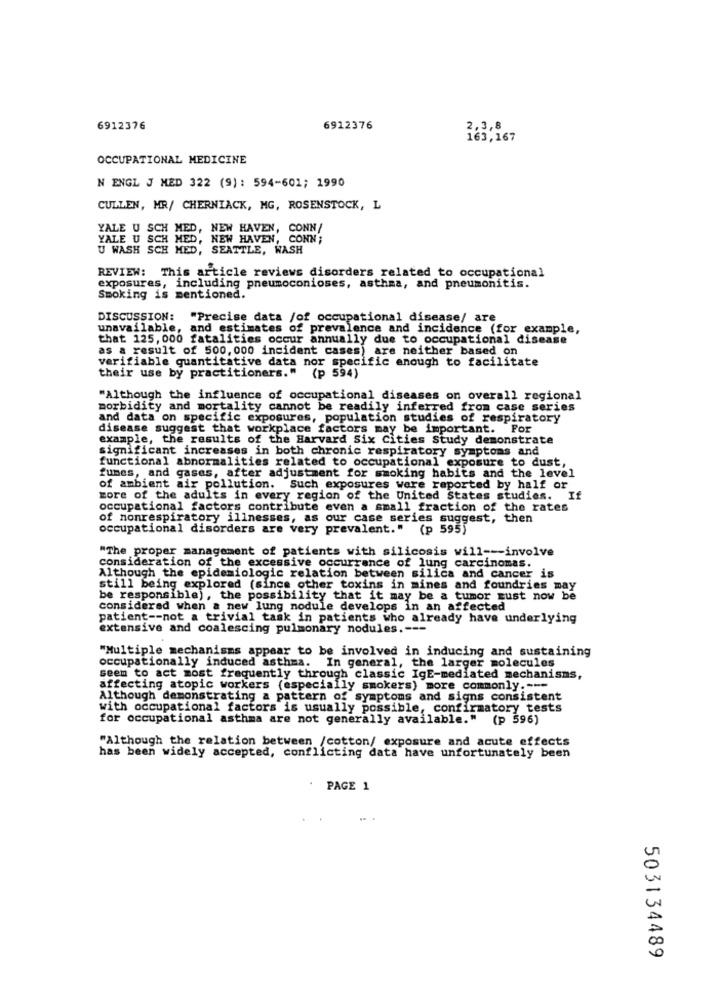
6912376
6912376
2,3,8
163,167
OCCUPATIONAL MEDICINE
N ENGL J MED 322 (9): 594-601; 1990
CULLEN, MR/ CHERNIACK, MG, ROSENSTOCK, L
YALE U SCH MED, NEW HAVEN, CONN/
YALE U SCH MED, NEW HAVEN, CONN
U WASH SCH MED, SEATTLE, WASH
REVIEW: This article reviews disorders related to occupational
exposures, including pneumoconioses, asthma, and pneumonitis.
Smoking is mentioned.
DISCUSSION:
"Precise data /of occupational disease/ are
unavailable, and estimates of prevalence and incidence (for example,
that 125, 000 fatalities occur annually due to occupational disease
as a result of 500, 000 incident cases) are neither based on
verifiable quantitative data nor specific enough to facilitate
their use by practitioners." (p 594)
"Although the influence of occupational diseases on overall regional
morbidity and mortality cannot be readily inferred from case series
and data on specific exposures, population studies of respiratory
disease suggest that workplace factors may be important. For
example, the results of the Harvard Six Cities Study demonstrate
significant increases in both chronic respiratory symptoms and
functional abnormalities related to occupational exposure to dust,
fumes, and gases, after adjustment for smoking habits and the level
of ambient air pollution. Such exposures were reported by half or
more of the adults in every region of the United States studies. If
occupational factors contribute even a small fraction of the rates
of nonrespiratory illnesses, as our case series suggest, then
occupational disorders are very prevalent." (p 595)
"The proper management of patients with silicosis will --- involve
consideration of the excessive occurrence of lung carcinomas.
Although the epidemiologic relation between silica and cancer is
still being explored (since other toxins in mines and foundries may
be responsible), the possibility that it may be a tumor zust now be
considered when a new lung nodule develops in an affected
patient -- not a trivial task in patients who already have underlying
extensive and coalescing pulmonary nodules ,---
"Multiple mechanisms appear to be involved in inducing and sustaining
occupationally induced asthma. In general, the larger molecules
seem to act most frequently through classic IgE-mediated mechanisms,
affecting atopic workers (especially smokers) more commonly .---
Although demonstrating a pattern of symptoms and signs consistent
with occupational factors is usually possible, confirmatory tests
for occupational asthma are not generally available." (p 596)
"Although the relation between /cotton/ exposure and acute effects
has been widely accepted, conflicting data have unfortunately been
PAGE 1
503134489